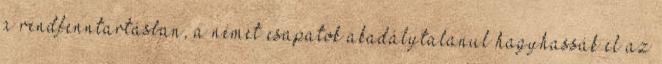
a rendfenntartásban, a német csapatok akadálytalanul hagyhassák el az